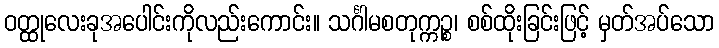
ဝတ္ထုလေးခုအပေါင်းကိုလည်းကောင်း။ သင်္ဂါမစတုက္ကဉ္စ၊ စစ်ထိုးခြင်းဖြင့် မှတ်အပ်သော